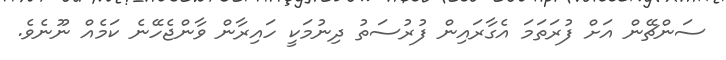
ސަންޗޭން އަށް ފުރަތަމަ އެގާރައިން ފުރުސަތު ދިނުމަކީ ހައިރާން ވާންޖެހޭނެ ކަމެއް ނޫނެވެ.